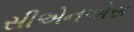
સીએનએસ